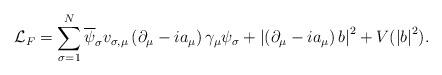
LaTeX: \begin{align*}\mathcal{L}_{F}=\sum_{\sigma=1}^{N}\overline{\psi}_{\sigma} v_{\sigma, \mu}\left( \partial_{\mu }-ia_{\mu} \right)\gamma_{\mu}\psi_{\sigma}+\left|\left(\partial_{\mu}-ia_{\mu}\right)b\right|^{2}+V(\left|b\right|^{2}).\end{align*}